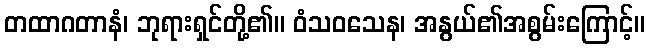
တထာဂတာနံ၊ ဘုရားရှင်တို့၏။ ဝံသဝသေန၊ အနွယ်၏အစွမ်းကြောင့်။